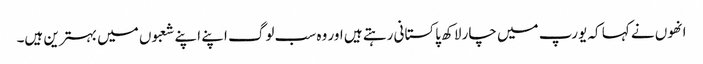
انھوں نے کہا کہ یورپ میں چار لاکھ پاکستانی رہتے ہیں اور وہ سب لوگ اپنے اپنے شعبوں میں بہترین ہیں۔